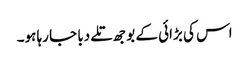
اس کی بڑائی کے بوجھ تلے دبا جا رہا ہو۔